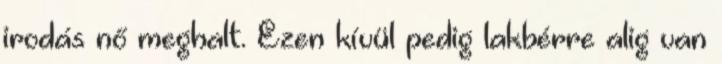
irodás nő meghalt. Ezen kívül pedig lakbérre alig van